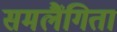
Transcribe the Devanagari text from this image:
समलैंगिता